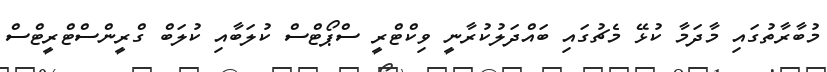
މުބާރާތުގައި މާދަމާ ކުޅޭ މެޗުގައި ބައްދަލުކުރާނީ ވިކްޓްރީ ސްޕޯޓްސް ކުލަބާއި ކުލަބް ގްރީންސްޓްރީޓްސް